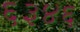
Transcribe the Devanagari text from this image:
६३४६